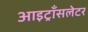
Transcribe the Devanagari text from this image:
आइट्राँसलेटर